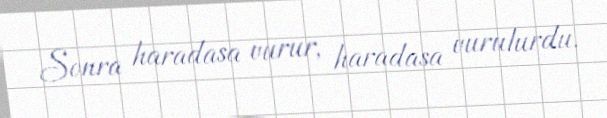
Sonra haradasa vurur, haradasa vurulurdu.